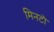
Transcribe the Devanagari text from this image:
मिनटॊ